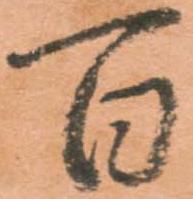
百